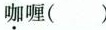
咖喱( )